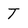
Character: T